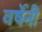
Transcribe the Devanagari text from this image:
वर्षेनी